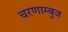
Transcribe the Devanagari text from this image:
चरणाम्बुज